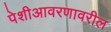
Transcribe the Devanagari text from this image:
पेशीआवरणावरील